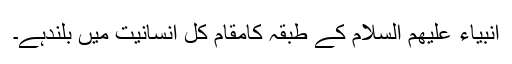
انبیاء علیھم السلام کے طبقہ کامقام کل انسانیت میں بلندہے۔